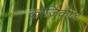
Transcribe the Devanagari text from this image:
कोज़िकोड